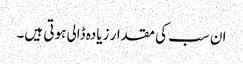
ان سب کی مقدار زیادہ ڈالی ہوتی ہیں۔